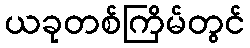
ယခုတစ်ကြိမ်တွင်